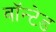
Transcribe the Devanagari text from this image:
वाॅन्टेड